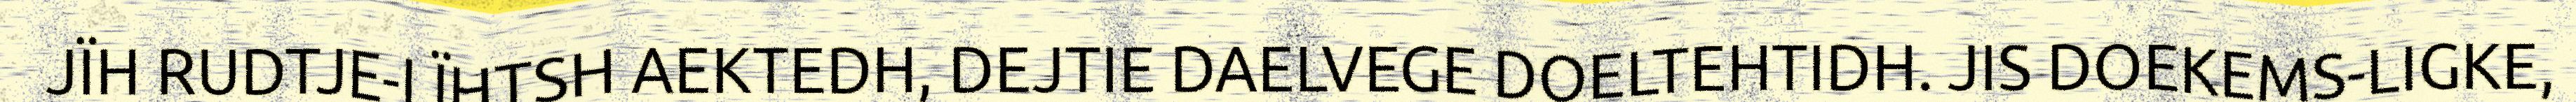
JÏH RUDTJE-LÏHTSH AEKTEDH, DEJTIE DAELVEGE DOELTEHTIDH. JIS DOEKEMS-LIGKE,